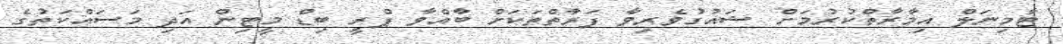
ޓާމިނަލް އިމާރާތްކުރުމަށް ޝައުގުވެރިވާ ފަރާތްތަކަށް ބާއްވާ ޕްރީ ބިޑް މީޓިން އަދި މަސައްކަތުގެ